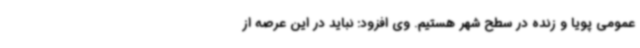
عمومی پویا و زنده در سطح شهر هستیم. وی افزود: نباید در این عرصه از